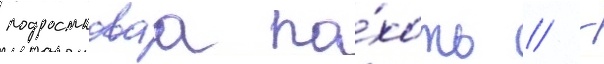
подростковаа по́хоть // -